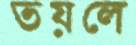
তয়লে